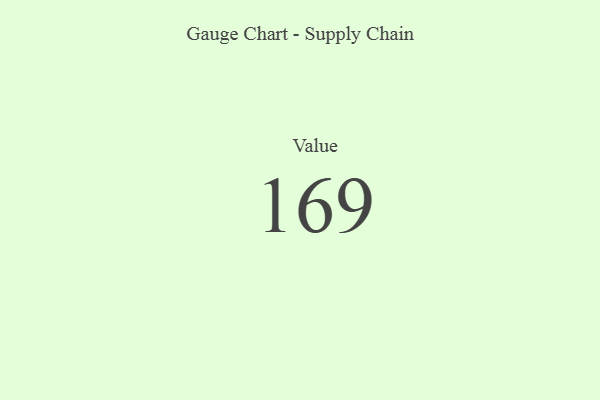
{"axis": {"x": "Metric", "y": "Value"}, "legend": [""], "data": [{"x": "Value", "y": 169, "type": ""}]}